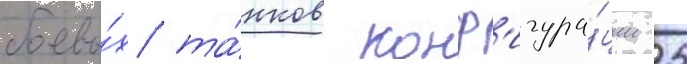
боевы́х та́нков конф'игура́ции 25